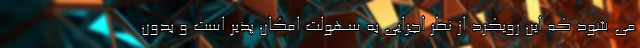
می شود که این رویکرد از نظر اجرایی به سهولت امکان پذیر است و بدون